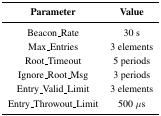
| Parameter | Value |
 | --- | --- |
 | Beacon Rate | 30 s |
 | Max Entries | 3 elements |
 | Root Timeout | 5 periods |
 | Ignore Root Msg | 3 periods |
 | Entry Valid Limit | 3 elements |
 | Entry Throwout Limit | 500 μs |